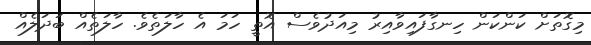
މިގޮތަށް ކަންކަން ހިނގާފައިވާއިރު މިއަދުވެސް އޮތީ ހަމަ އެ ހާލަތެވެ. ހާލަތެއް ބަދަލެއް